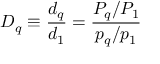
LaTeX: D _ { q } \equiv { \frac { d _ { q } } { d _ { 1 } } } = { \frac { P _ { q } / P _ { 1 } } { p _ { q } / p _ { 1 } } }